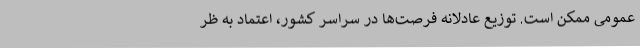
عمومی ممکن است. توزیع عادلانه فرصت‌ها در سراسر کشور، اعتماد به ظر